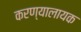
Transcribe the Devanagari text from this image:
करण्यालायक